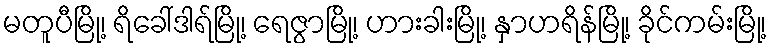
မတူပီမြို့၊ ရိခေါ်ဒါရ်မြို့၊ ရေဇွာမြို့၊ ဟားခါးမြို့၊ နှာဟရိန်မြို့၊ ခိုင်ကမ်းမြို့၊